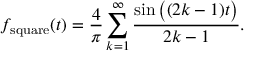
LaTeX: f _ { \mathrm { s q u a r e } } ( t ) = { \frac { 4 } { \pi } } \sum _ { k = 1 } ^ { \infty } { \frac { \sin { \big ( } ( 2 k - 1 ) t { \big ) } } { 2 k - 1 } } .